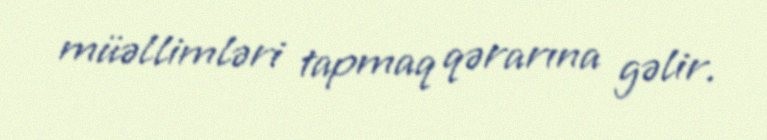
müəllimləri tapmaq qərarına gəlir.